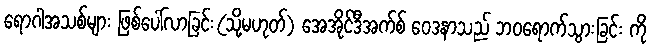
ရောဂါအသစ်များ ဖြစ်ပေါ်လာခြင်း(သို့မဟုတ်) အေအိုင်ဒီအက်စ် ဝေဒနာသည် ဘဝရောက်သွားခြင်း ကို